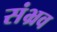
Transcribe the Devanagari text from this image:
संभ्रव